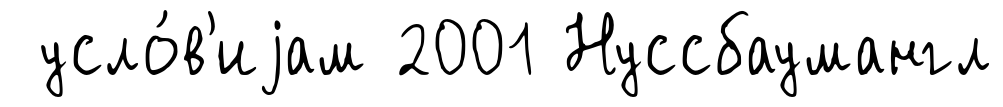
усло́в'иjам 2001 Нуссбаумангл